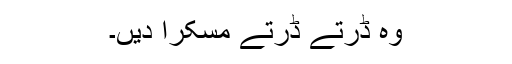
وہ ڈرتے ڈرتے مسکرا دیں۔